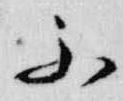
不